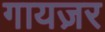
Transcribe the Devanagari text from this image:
गायज़र